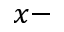
x -